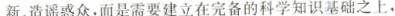
新、造谣惑众，而是需要建立在完备的科学知识基础之上，